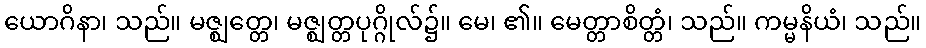
ယောဂိနာ၊ သည်။ မဇ္ဈတ္တေ၊ မဇ္ဈတ္တပုဂ္ဂိုလ်၌။ မေ၊ ၏။ မေတ္တာစိတ္တံ၊ သည်။ ကမ္မနိယံ၊ သည်။